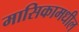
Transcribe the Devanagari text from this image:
मासिकामधील